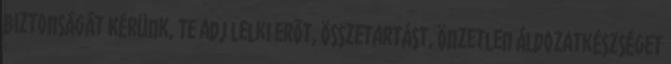
biztonságát Kérünk, Te adj lelki erõt, összetartást, önzetlen áldozatkészséget